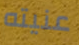
عنيته